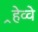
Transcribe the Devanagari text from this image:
र्‍हेव्वे